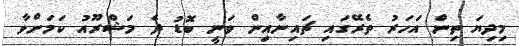
މިދިޔަ ތިން އަހަރު ތެރޭގައި ޗައިނާއިން ވަނީ ބޮޑު ދެ މަޝްރޫއު ކަމަށްވާ